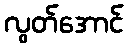
လွတ်အောင်